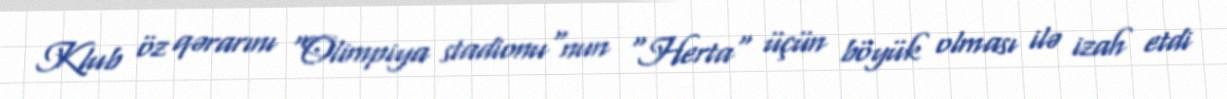
Klub öz qərarını "Olimpiya stadionu"nun "Herta" üçün böyük olması ilə izah etdi